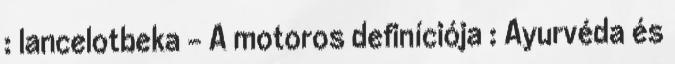
: lancelotbeka - A motoros definíciója : Ayurvéda és